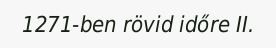
1271-ben rövid időre II.